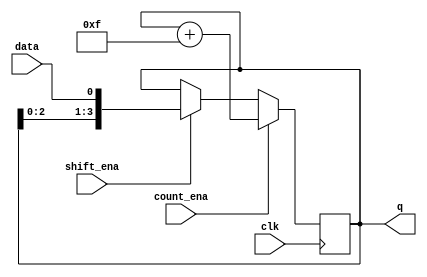
module top_module (
    input clk,
    input shift_ena,
    input count_ena,
    input data,
    output [3:0] q);

    reg [3:0] q_temp=4'b0;

    always @(posedge clk) begin
        if (shift_ena) q_temp <= {q_temp[2:0], data};
        if (count_ena) q_temp <= q_temp + 4'b1111;
    end

    assign q = q_temp;

endmodule